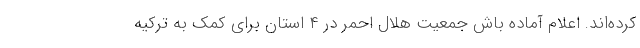
کرده‌اند. اعلام آماده باش جمعیت هلال احمر در ۴ استان برای کمک به ترکیه